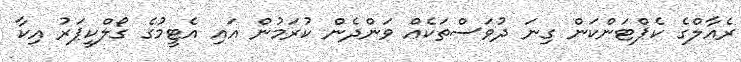
ރެއާލްގެ ކެޕްޓަންކަން ގިނަ ދުވަސްތަކެއް ވަންދެން ކުރަމުން އައި އެޓީމުގެ ގޯލްކީޕަރު އިކާ